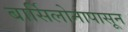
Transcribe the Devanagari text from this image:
बार्सिलोनापासून